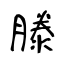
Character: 滕